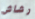
رشاش